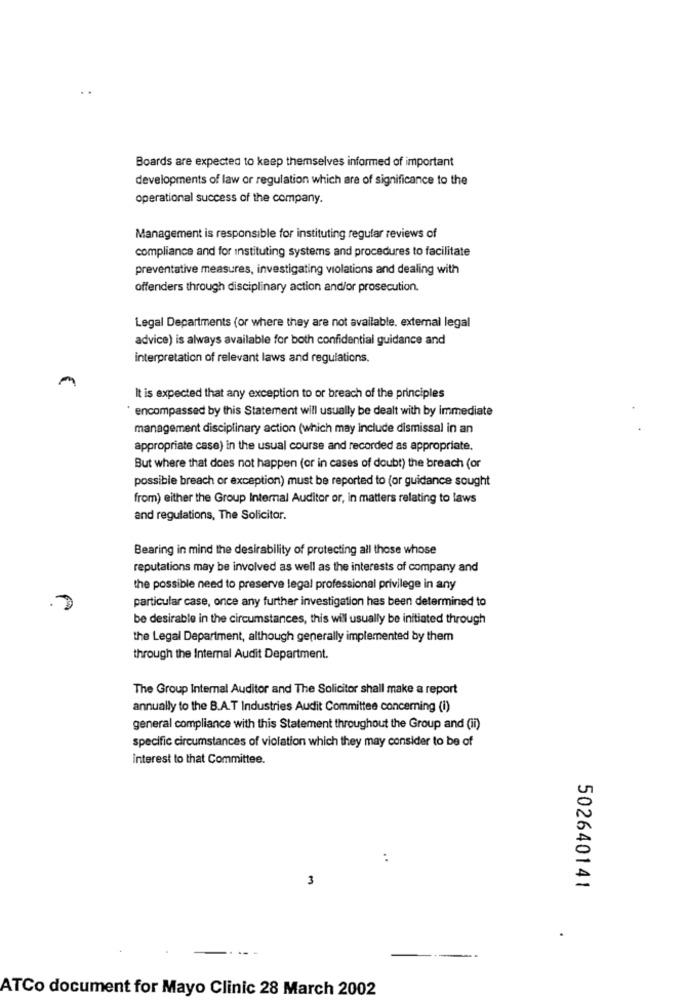
Boards are expected to keep themselves informed of important
developments of law or regulation which are of significance to the
operational success of the company.
Management is responsible for instituting regular reviews of
compliance and for instituting systems and procedures to facilitate
preventative measures, investigating violations and dealing with
offenders through disciplinary action and/or prosecution.
Legal Departments (or where they are not available. external legal
advice) is always available for both confidential guidance and
interpretation of relevant laws and regulations.
It is expected that any exception to or breach of the principles
" encompassed by this Statement will usually be dealt with by immediate
management disciplinary action (which may include dismissal in an
appropriate case) in the usual course and recorded as appropriate.
But where that does not happen (or in cases of doubt) the breach (or
possible breach or exception) must be reported to (or guidance sought
from) either the Group Internal Auditor or, in matters relating to laws
and regulations, The Solicitor.
Bearing in mind the desirability of protecting all those whose
reputations may be involved as well as the interests of company and
the possible need to preserve legal professional privilege in any
particular case, once any further investigation has been determined to
be desirable in the circumstances, this will usually be initiated through
the Legal Department, although generally implemented by them
through the Internal Audit Department.
The Group Internal Auditor and The Solicitor shall make a report
annually to the B.A.T Industries Audit Committee concerning (i)
general compliance with this Statement throughout the Group and (ii)
specific circumstances of violation which they may consider to be of
Interest to that Committee.
U
3
=
502640141
-
ATCo document for Mayo Clinic 28 March 2002